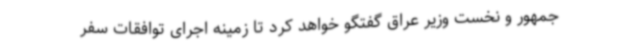
جمهور و نخست وزیر عراق گفتگو خواهد کرد تا زمینه اجرای توافقات سفر